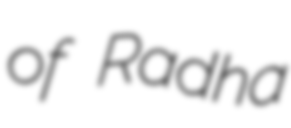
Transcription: of Radha